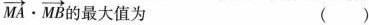
$$\overrightarrow { M A } \cdot \overrightarrow { M B }$$ 的最大值为 ( )